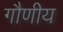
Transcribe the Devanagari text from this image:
गौणीय